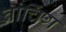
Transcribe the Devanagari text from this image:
ब्रांचिंग